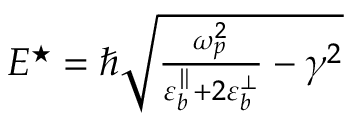
\begin{array} { r } { E ^ { \star } = \hbar \sqrt { \frac { \omega _ { p } ^ { 2 } } { \varepsilon _ { b } ^ { \parallel } + 2 \varepsilon _ { b } ^ { \bot } } - \gamma ^ { 2 } } } \end{array}